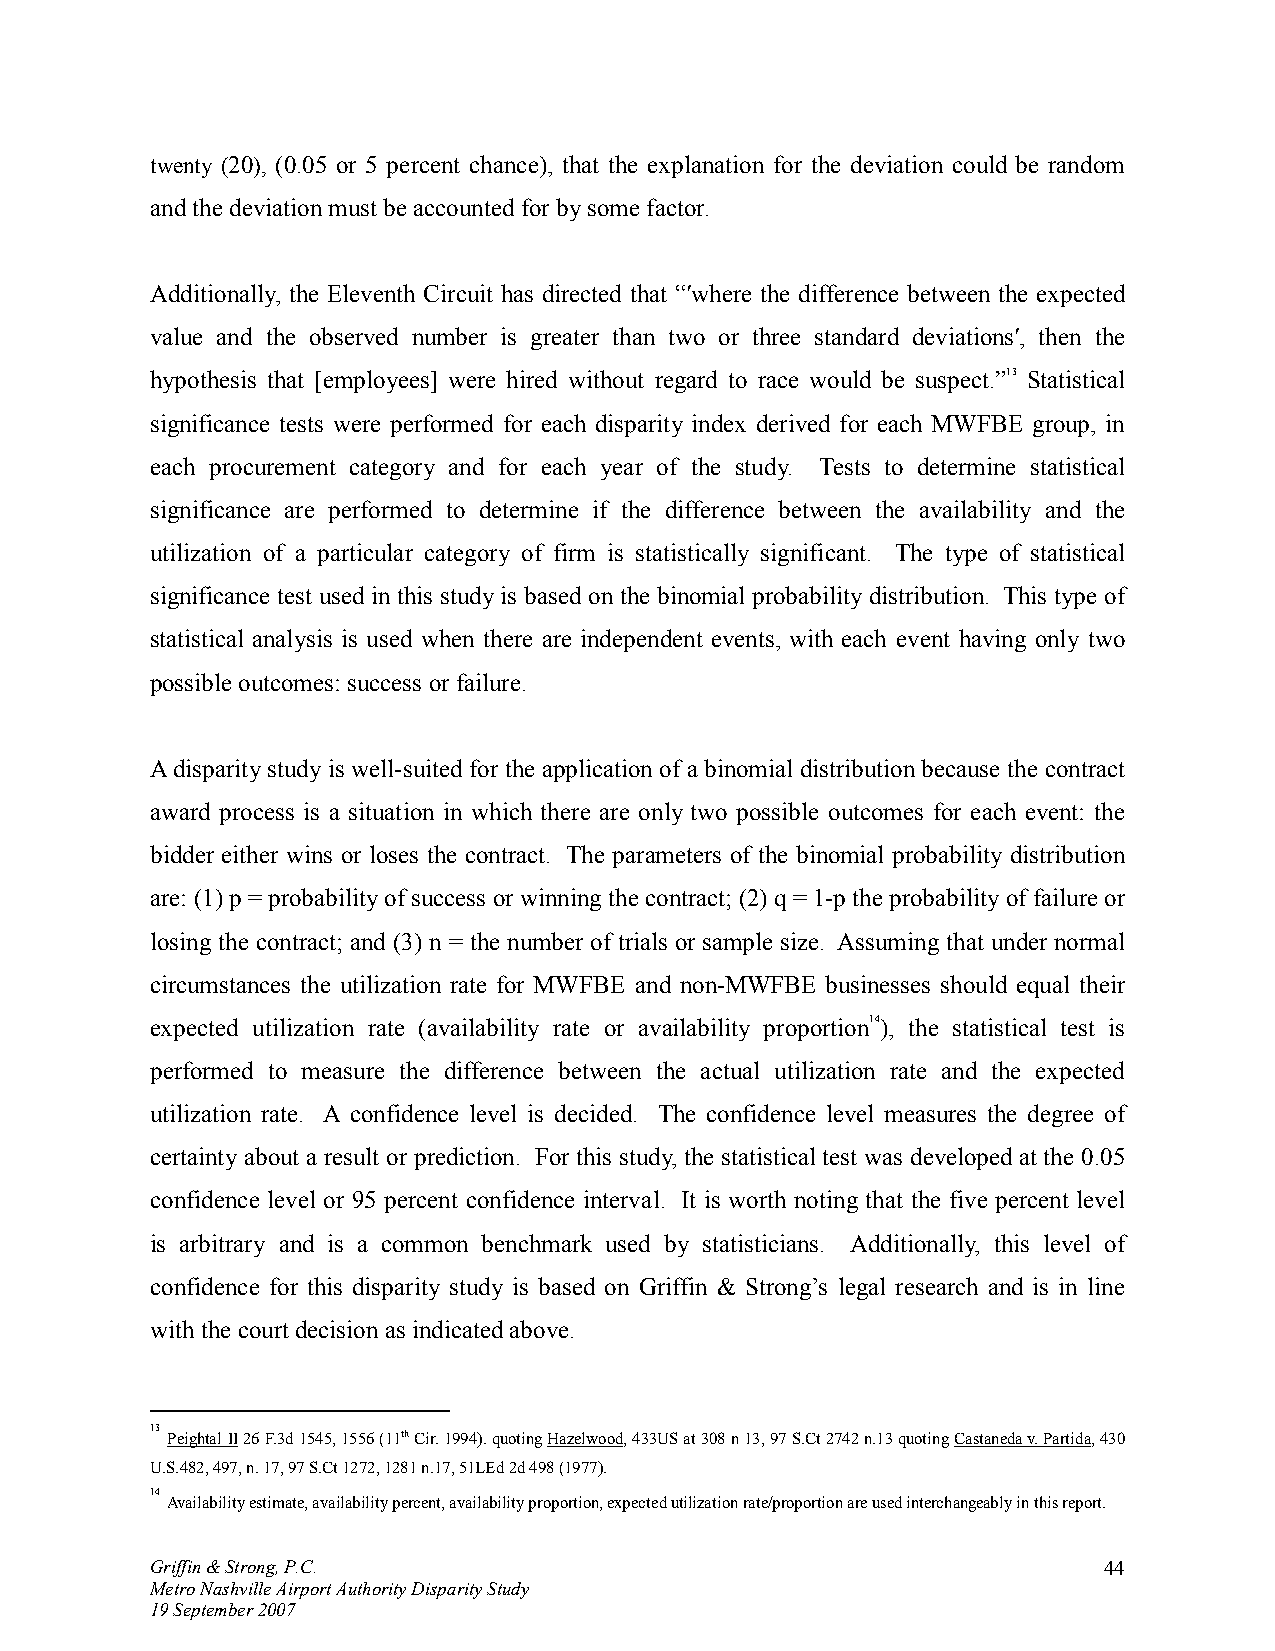
twenty (20), (0.05 or 5 percent chance), that the explanation for the deviation could be random
 and the deviation must be accounted for by some factor.
 Additionally, the Eleventh Circuit has directed that “′where the difference between the expected
 value and the observed number is greater than two or three standard deviations′, then the
 hypothesis that [employees] were hired without regard to race would be suspect.”13 Statistical
 significance tests were performed for each disparity index derived for each MWFBE group, in
 each procurement category and for each year of the study. Tests to determine statistical
 significance are performed to determine if the difference between the availability and the
 utilization of a particular category of firm is statistically significant. The type of statistical
 significance test used in this study is based on the binomial probability distribution. This type of
 statistical analysis is used when there are independent events, with each event having only two
 possible outcomes: success or failure.
 A disparity study is well-suited for the application of a binomial distribution because the contract
 award process is a situation in which there are only two possible outcomes for each event: the
 bidder either wins or loses the contract. The parameters of the binomial probability distribution
 are: (1) p = probability of success or winning the contract; (2) q = 1-p the probability of failure or
 losing the contract; and (3) n = the number of trials or sample size. Assuming that under normal
 circumstances the utilization rate for MWFBE and non-MWFBE businesses should equal their
 expected utilization rate (availability rate or availability proportion14), the statistical test is
 performed to measure the difference between the actual utilization rate and the expected
 utilization rate. A confidence level is decided. The confidence level measures the degree of
 certainty about a result or prediction. For this study, the statistical test was developed at the 0.05
 confidence level or 95 percent confidence interval. It is worth noting that the five percent level
 is arbitrary and is a common benchmark used by statisticians. Additionally, this level of
 confidence for this disparity study is based on Griffin & Strong’s legal research and is in line
 with the court decision as indicated above.
 13 Peightal II 26 F.3d 1545, 1556 (11th Cir. 1994). quoting Hazelwood, 433US at 308 n 13, 97 S.Ct 2742 n.13 quoting Castaneda v. Partida, 430
 U.S.482, 497, n. 17, 97 S.Ct 1272, 1281 n.17, 51LEd 2d 498 (1977).
 14
 Availability estimate, availability percent, availability proportion, expected utilization rate/proportion are used interchangeably in this report.
 Griffin & Strong, P.C.                                         44
 Metro Nashville Airport Authority Disparity Study
 19 September 2007